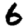
Digit: 6